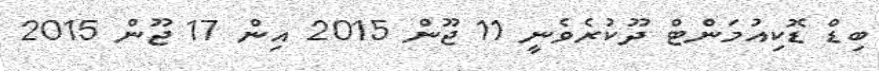
ބިޑް ޑޮކިއުމަންޓް ދޫކުރެވެނީ 11 ޖޫން 2015 އިން 17 ޖޫން 2015